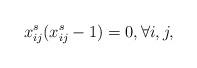
LaTeX: \begin{align*} x^s_{ij}(x^s_{ij}-1)=0,\forall i, j,\end{align*}